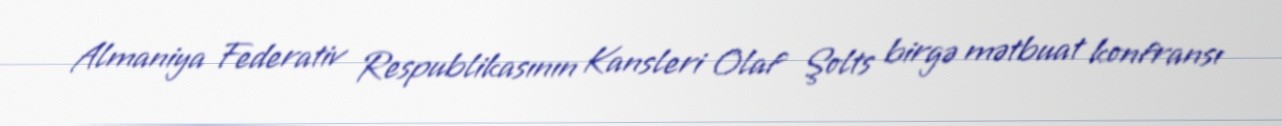
Almaniya Federativ Respublikasının Kansleri Olaf Şolts birgə mətbuat konfransı